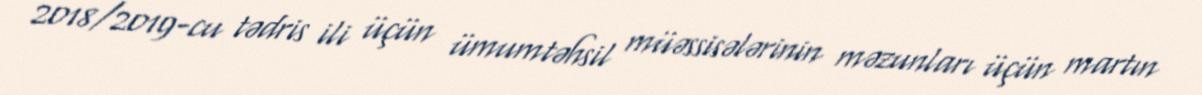
2018/2019-cu tədris ili üçün ümumtəhsil müəssisələrinin məzunları üçün martın